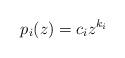
LaTeX: \begin{align*}p_i(z)=c_iz^{k_i}\end{align*}